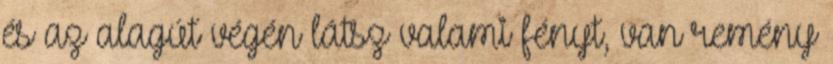
és az alagút végén látsz valami fényt, van remény